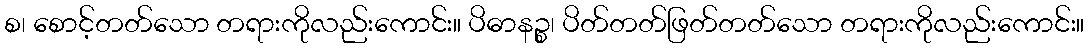
စ၊ စောင့်တတ်သော တရားကိုလည်းကောင်း။ ပိဓာနဉ္စ၊ ပိတ်တတ်ဖြတ်တတ်သော တရားကိုလည်းကောင်း။